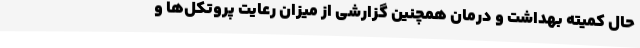
حال کمیته بهداشت و درمان همچنین گزارشی از میزان رعایت پروتکل‌ها و